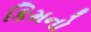
કિમનો